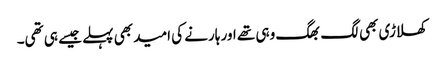
کھلاڑی بھی لگ بھگ وہی تھے اور ہارنے کی امید بھی پہلے جیسے ہی تھی۔